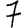
Digit: 7